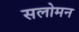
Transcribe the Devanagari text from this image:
सलोमन